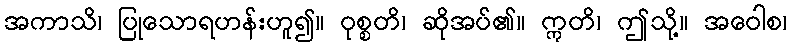
အကာသိ၊ ပြုသောရဟန်းဟူ၍။ ဝုစ္စတိ၊ ဆိုအပ်၏။ ဣတိ၊ ဤသို့။ အဝေါစ၊